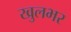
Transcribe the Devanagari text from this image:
खुलभर